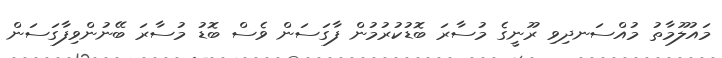
މައުލޫމާތު މުއްސަނދިވި ރޫނީގެ މުސާރަ ބޮޑުކުރުމުން ފާގަސަން ވެސް ބޮޑު މުސާރަ ބޭނުންވިފާގަސަން